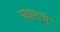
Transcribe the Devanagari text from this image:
पाझरतो